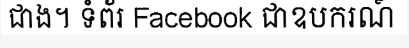
ជាង។ ទំព័រ Facebook ជាឧបករណ៍